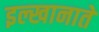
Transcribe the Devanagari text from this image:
इल्खानाते